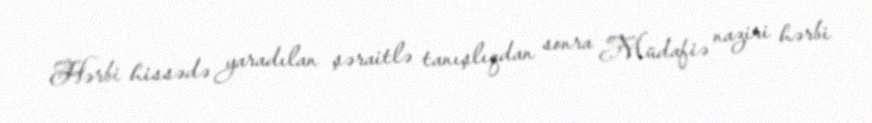
Hərbi hissədə yaradılan şəraitlə tanışlıqdan sonra Müdafiə naziri hərbi